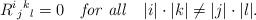
LaTeX: \begin{align*}R^i{}_j{}^k{}_l=0\quad {\it for\ all}\quad |i|\cdot|k|\ne |j|\cdot|l|.\end{align*}